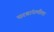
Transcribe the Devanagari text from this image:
घरबांधणीला